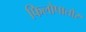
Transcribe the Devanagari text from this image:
फिलोपातोर